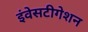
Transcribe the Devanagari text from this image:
इंवेसटीगेशन